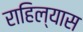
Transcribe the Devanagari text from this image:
राहिल्‍यास